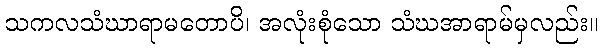
သကလသံဃာရာမတောပိ၊ အလုံးစုံသော သံဃအာရာမ်မှလည်း။